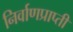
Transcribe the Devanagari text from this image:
निर्वाणप्राप्ती